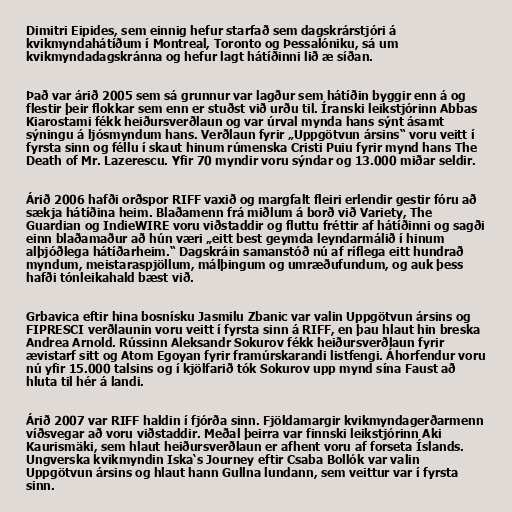
Dimitri Eipides, sem einnig hefur starfað sem dagskrárstjóri á
kvikmyndahátíðum í Montreal, Toronto og Þessalóniku, sá um
kvikmyndadagskránna og hefur lagt hátíðinni lið æ síðan.

Það var árið 2005 sem sá grunnur var lagður sem hátíðin byggir enn á og
flestir þeir flokkar sem enn er stuðst við urðu til. Íranski leikstjórinn Abbas
Kiarostami fékk heiðursverðlaun og var úrval mynda hans sýnt ásamt
sýningu á ljósmyndum hans. Verðlaun fyrir „Uppgötvun ársins“ voru veitt í
fyrsta sinn og féllu í skaut hinum rúmenska Cristi Puiu fyrir mynd hans The
Death of Mr. Lazerescu. Yfir 70 myndir voru sýndar og 13.000 miðar seldir.

Árið 2006 hafði orðspor RIFF vaxið og margfalt fleiri erlendir gestir fóru að
sækja hátíðina heim. Blaðamenn frá miðlum á borð við Variety, The
Guardian og IndieWIRE voru viðstaddir og fluttu fréttir af hátíðinni og sagði
einn blaðamaður að hún væri „eitt best geymda leyndarmálið í hinum
alþjóðlega hátíðarheim.“ Dagskráin samanstóð nú af ríflega eitt hundrað
myndum, meistaraspjöllum, málþingum og umræðufundum, og auk þess
hafði tónleikahald bæst við.

Grbavica eftir hina bosnísku Jasmilu Zbanic var valin Uppgötvun ársins og
FIPRESCI verðlaunin voru veitt í fyrsta sinn á RIFF, en þau hlaut hin breska
Andrea Arnold. Rússinn Aleksandr Sokurov fékk heiðursverðlaun fyrir
ævistarf sitt og Atom Egoyan fyrir framúrskarandi listfengi. Áhorfendur voru
nú yfir 15.000 talsins og í kjölfarið tók Sokurov upp mynd sína Faust að
hluta til hér á landi.

Árið 2007 var RIFF haldin í fjórða sinn. Fjöldamargir kvikmyndagerðarmenn
víðsvegar að voru viðstaddir. Meðal þeirra var finnski leikstjórinn Aki
Kaurismäki, sem hlaut heiðursverðlaun er afhent voru af forseta Íslands.
Ungverska kvikmyndin Iska‘s Journey eftir Csaba Bollók var valin
Uppgötvun ársins og hlaut hann Gullna lundann, sem veittur var í fyrsta
sinn.